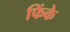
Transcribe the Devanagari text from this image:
फिंके